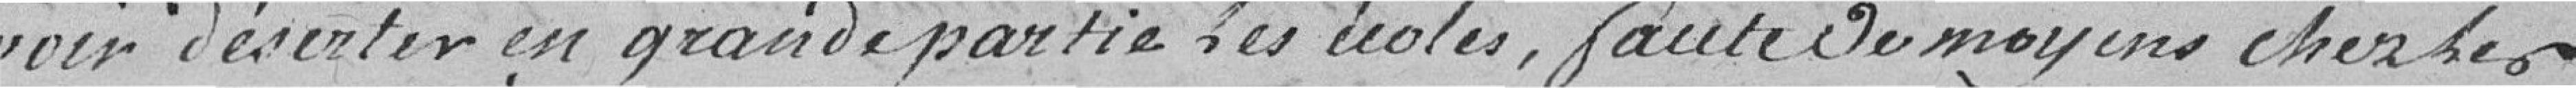
voir déserter en grande partie des écoles, faute de moyens chez les